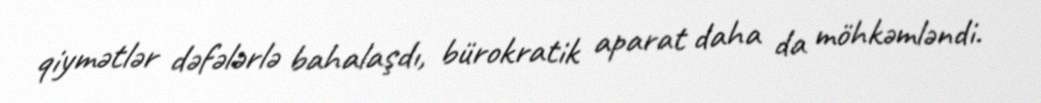
qiymətlər dəfələrlə bahalaşdı, bürokratik aparat daha da möhkəmləndi.